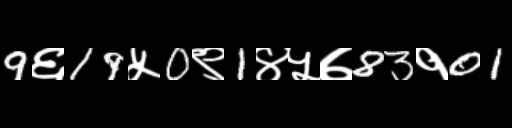
Text: 9६19५0९1४५७83१01